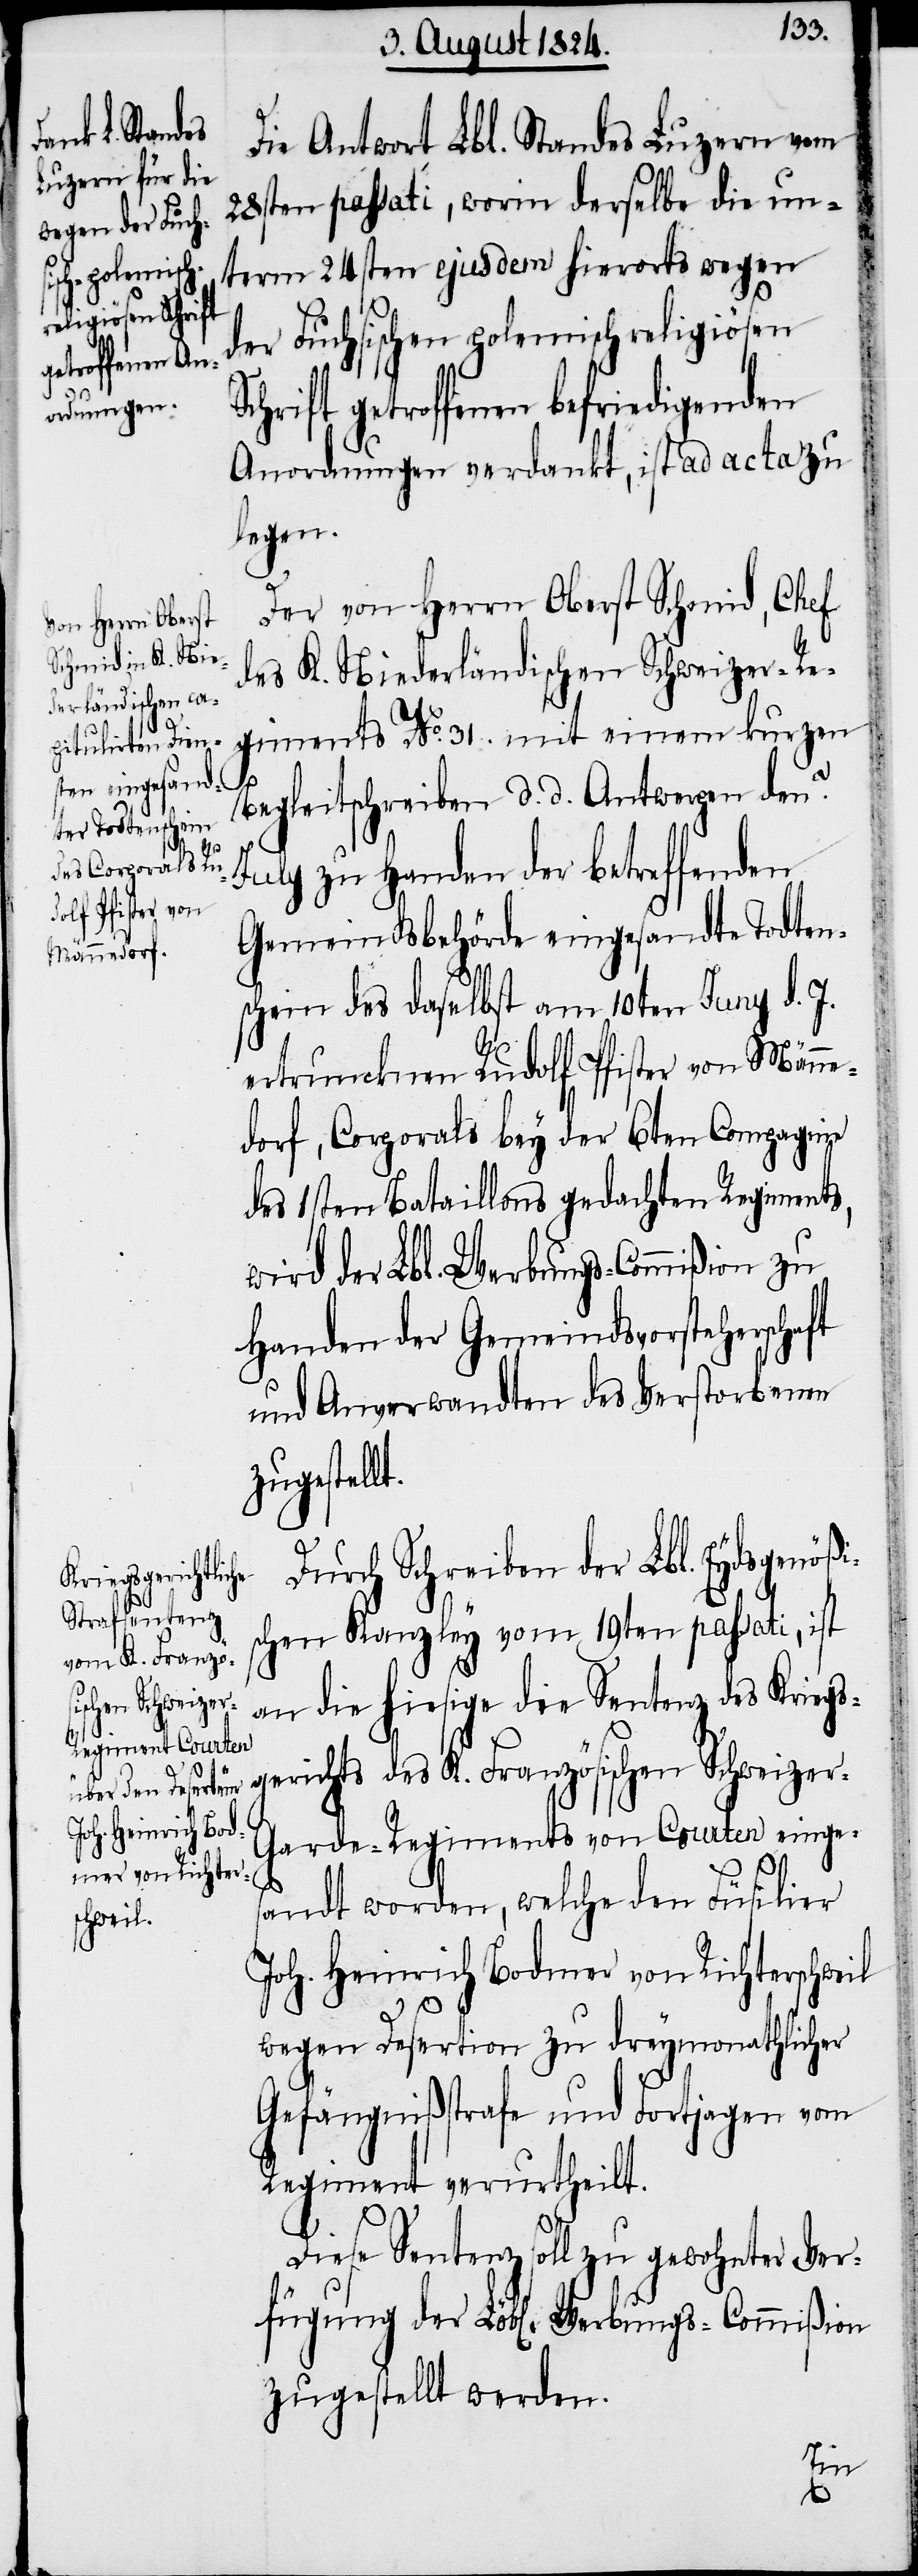
Die Antwort Lbl. Standes Luzern vom
28sten passati, worin derselbe die un¬
term 24sten ejusdem hierorts wegen
der Fuchsischen polemisch religiösen
hrift getroffenen befriedigenden
Anordnungen verdankt, ist ad acta zu
legen.
Der von Herrn Oberst Schmid, Chef
des K. Niederländischen Schweizer-Re¬
giments No. 31. mit einem kurzen
Begleitschreiben d. d. Antwerpen den
July zu Handen der betreffenden
Gemeindsbehörde eingesandte Todten¬
schein des daselbst am 10ten Juny d. J.
ertruncknen Rudolf Pfister von Männe¬
dorf, Corporals bey der 6ten Compagnie
des 1sten Bataillons gedachten Regiments,
wird der Lbl. Werbungs-Commißion zu
Handen der Gemeindsvorsterherschaft
und Anverwandten des Verstorbenen
zugestellt.
Durch Schreiben der Lbl. Eydsgenößi¬
schen Kanzley vom 19ten passati, ist
an die hiesige die Sentenz des Kriegs¬
gerichts des K. Französischen Schweizer-G¬
arde-Regiments von Courten einges¬
andt worden, welche den Füsilier
Joh. Heinrich Bodmer von Richterschweil
wegen Desertion zu dreymonathlicher
Gefängnißstrafe und Fortjagen vom
Regiment verurtheilt.
Sc¬
Diese Sentenz soll zu gewohnter Ver¬
fügung der Lbl. Werbungs-Commißion
zugestellt werden.